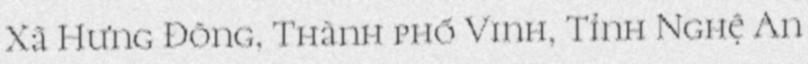
Xã Hưng Đông, Thành phố Vinh, Tỉnh Nghệ An